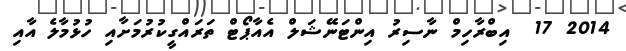
2014 17  އިބްރާހިމް ނާސިރު އިންޓަނޭޝަލް އެއާޕޯޓް ތަރައްގީކުރުމަށާއި ހުޅުމާލެ އާއި